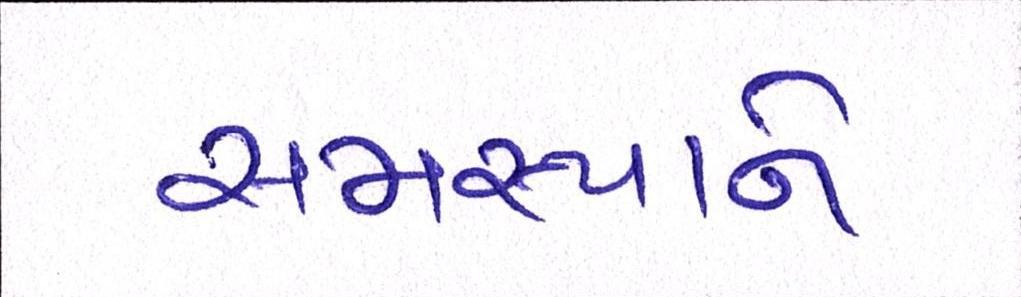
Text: સમસ્યાને